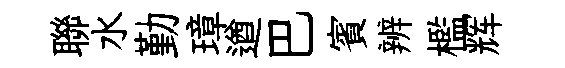
聯水勤璋遒巴賓辨檻辉